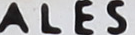
ALFS